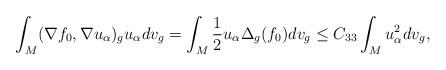
LaTeX: \begin{align*}\int_M(\nabla f_0, \nabla u_\alpha)_gu_\alpha dv_g = \int_M\frac{1}{2}u_\alpha\Delta_g(f_0)dv_g \leq C_{33}\int_Mu_\alpha^2dv_g,\end{align*}